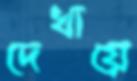
দেখায়ে